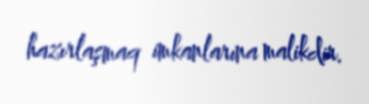
hazırlaşmaq imkanlarına malikdir.